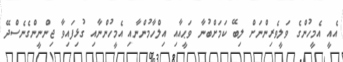
އެއީ އެމީހުންގެ ވަލީވެރިންނަށް ލިބޭ ކަމަށްބުނާ ވަޙީއާއި އިލްހާމުންނާއި އެމީހުންނާއި ގުޅިފައިވާ ޖިންނީންގެނެސްދޭ